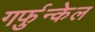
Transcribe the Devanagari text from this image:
गर्फुन्केल